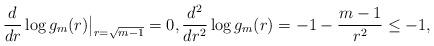
LaTeX: \begin{align*}\frac{d}{dr}\log g_m(r)\big|_{r=\sqrt{m-1}}=0, \frac{d^2}{dr^2}\log g_m(r)= -1 -\frac{m-1}{r^2} \leq -1,\end{align*}